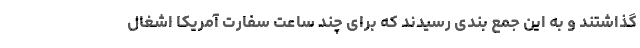
گذاشتند و به این جمع بندی رسیدند که برای چند ساعت سفارت آمریکا اشغال